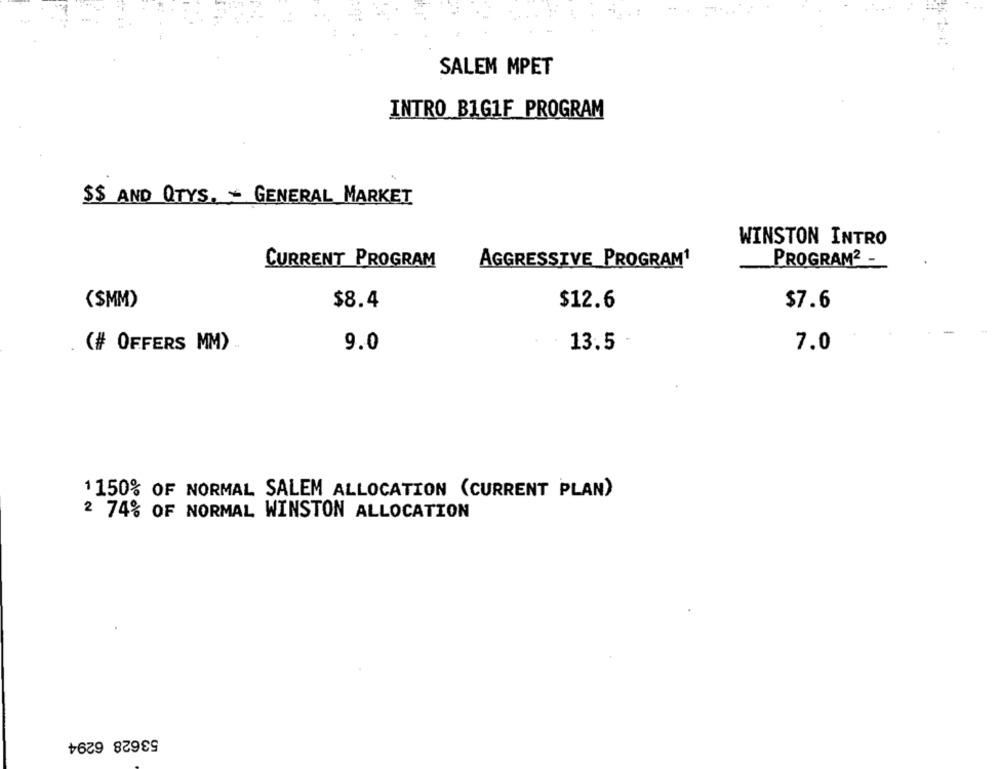
SALEM MPET
INTRO BIG1F PROGRAM
$$ AND QTYS. - GENERAL MARKET
WINSTON INTRO
CURRENT PROGRAM
AGGRESSIVE PROGRAM1
PROGRAM2_
(SMM)
$8.4
$12.6
$7.6
9.0
7.0
(# OFFERS MM) .
13.5
1150% OF NORMAL SALEM ALLOCATION (CURRENT PLAN)
2 74% OF NORMAL WINSTON ALLOCATION
53628 6294